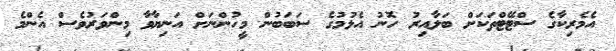
އެމެރިކާގެ ސްޓޭޓްތަކަށް ބަލާއިރު ހޮނު އެޅުމުގެ ސަބަބުން މީހުންނަށް އަނިޔާވާ މިންވަރުވެސް އެންމެ